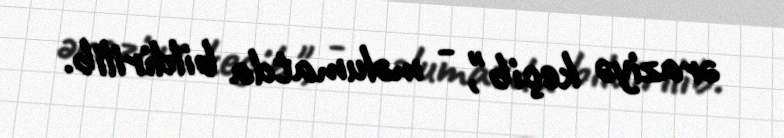
əraziyə keçib", - məlumatda bildirilib.